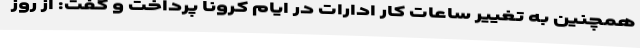
همچنین به تغییر ساعات کار ادارات در ایام کرونا پرداخت و گفت: از روز